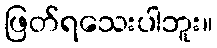
ဖြတ်ရသေးပါဘူး။